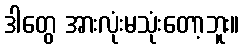
ဒါတွေ အားလုံးမသုံးတော့ဘူး။